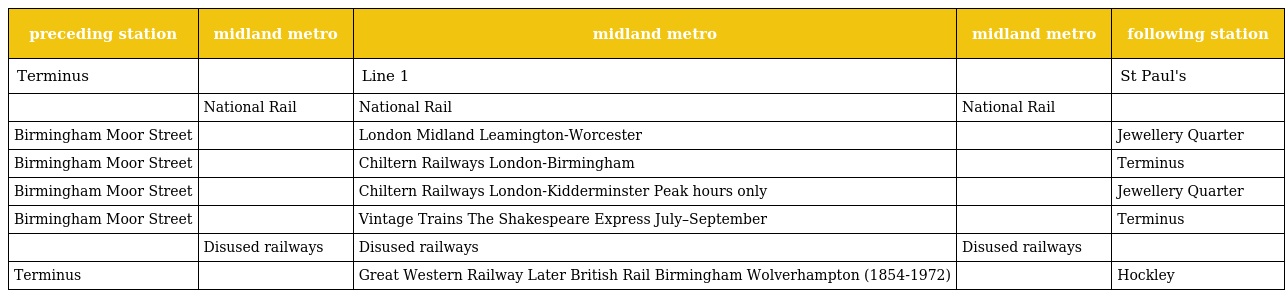
| preceding station | midland metro | midland metro | midland metro | following station |
 | --- | --- | --- | --- | --- |
 | Terminus |  | Line 1 |  | St Paul's |
 |  | National Rail | National Rail | National Rail |  |
 | Birmingham Moor Street |  | London Midland Leamington-Worcester |  | Jewellery Quarter |
 | Birmingham Moor Street |  | Chiltern Railways London-Birmingham |  | Terminus |
 | Birmingham Moor Street |  | Chiltern Railways London-Kidderminster Peak hours only |  | Jewellery Quarter |
 | Birmingham Moor Street |  | Vintage Trains The Shakespeare Express July–September |  | Terminus |
 |  | Disused railways | Disused railways | Disused railways |  |
 | Terminus |  | Great Western Railway Later British Rail Birmingham Wolverhampton (1854-1972) |  | Hockley |